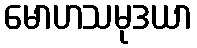
မောဟသမုဒယာ